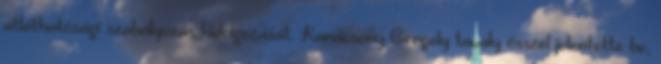
átláthatósági szabályozás kidolgozását. Karácsony Gergely tavaly ősszel jelentette be,